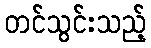
တင်သွင်းသည့်